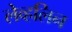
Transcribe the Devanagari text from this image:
लेव्हलिन